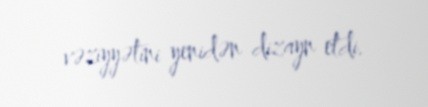
vəziyyətini yenidən dizayn etdi.